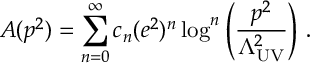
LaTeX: A ( p ^ { 2 } ) = \sum _ { n = 0 } ^ { \infty } c _ { n } ( e ^ { 2 } ) ^ { n } \log ^ { n } \left( \frac { p ^ { 2 } } { \Lambda _ { \mathrm { U V } } ^ { 2 } } \right) \, .